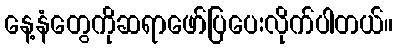
နေ့နံတွေကိုဆရာဖော်ပြပေးလိုက်ပါတယ်။